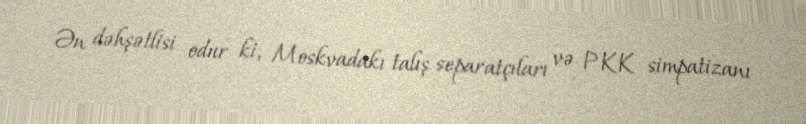
Ən dəhşətlisi odur ki, Moskvadakı talış separatçıları və PKK simpatizanı